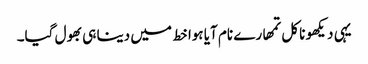
یہی دیکھو نا کل تمھارے نام آیا ہوا خط میں دینا ہی بھول گیا۔